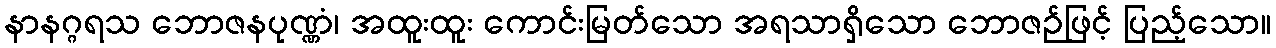
နာနဂ္ဂရသ ဘောဇနပုဏ္ဏံ၊ အထူးထူး ကောင်းမြတ်သော အရသာရှိသော ဘောဇဉ်ဖြင့် ပြည့်သော။